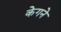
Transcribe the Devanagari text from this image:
केगने